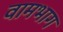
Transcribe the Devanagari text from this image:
वामभाग